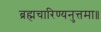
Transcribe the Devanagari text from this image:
ब्रह्मचारिण्यनुत्तमा॥